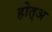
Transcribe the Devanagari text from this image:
होत्अ